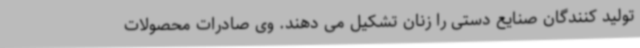
تولید کنندگان صنایع دستی را زنان تشکیل می دهند. وی صادرات محصولات